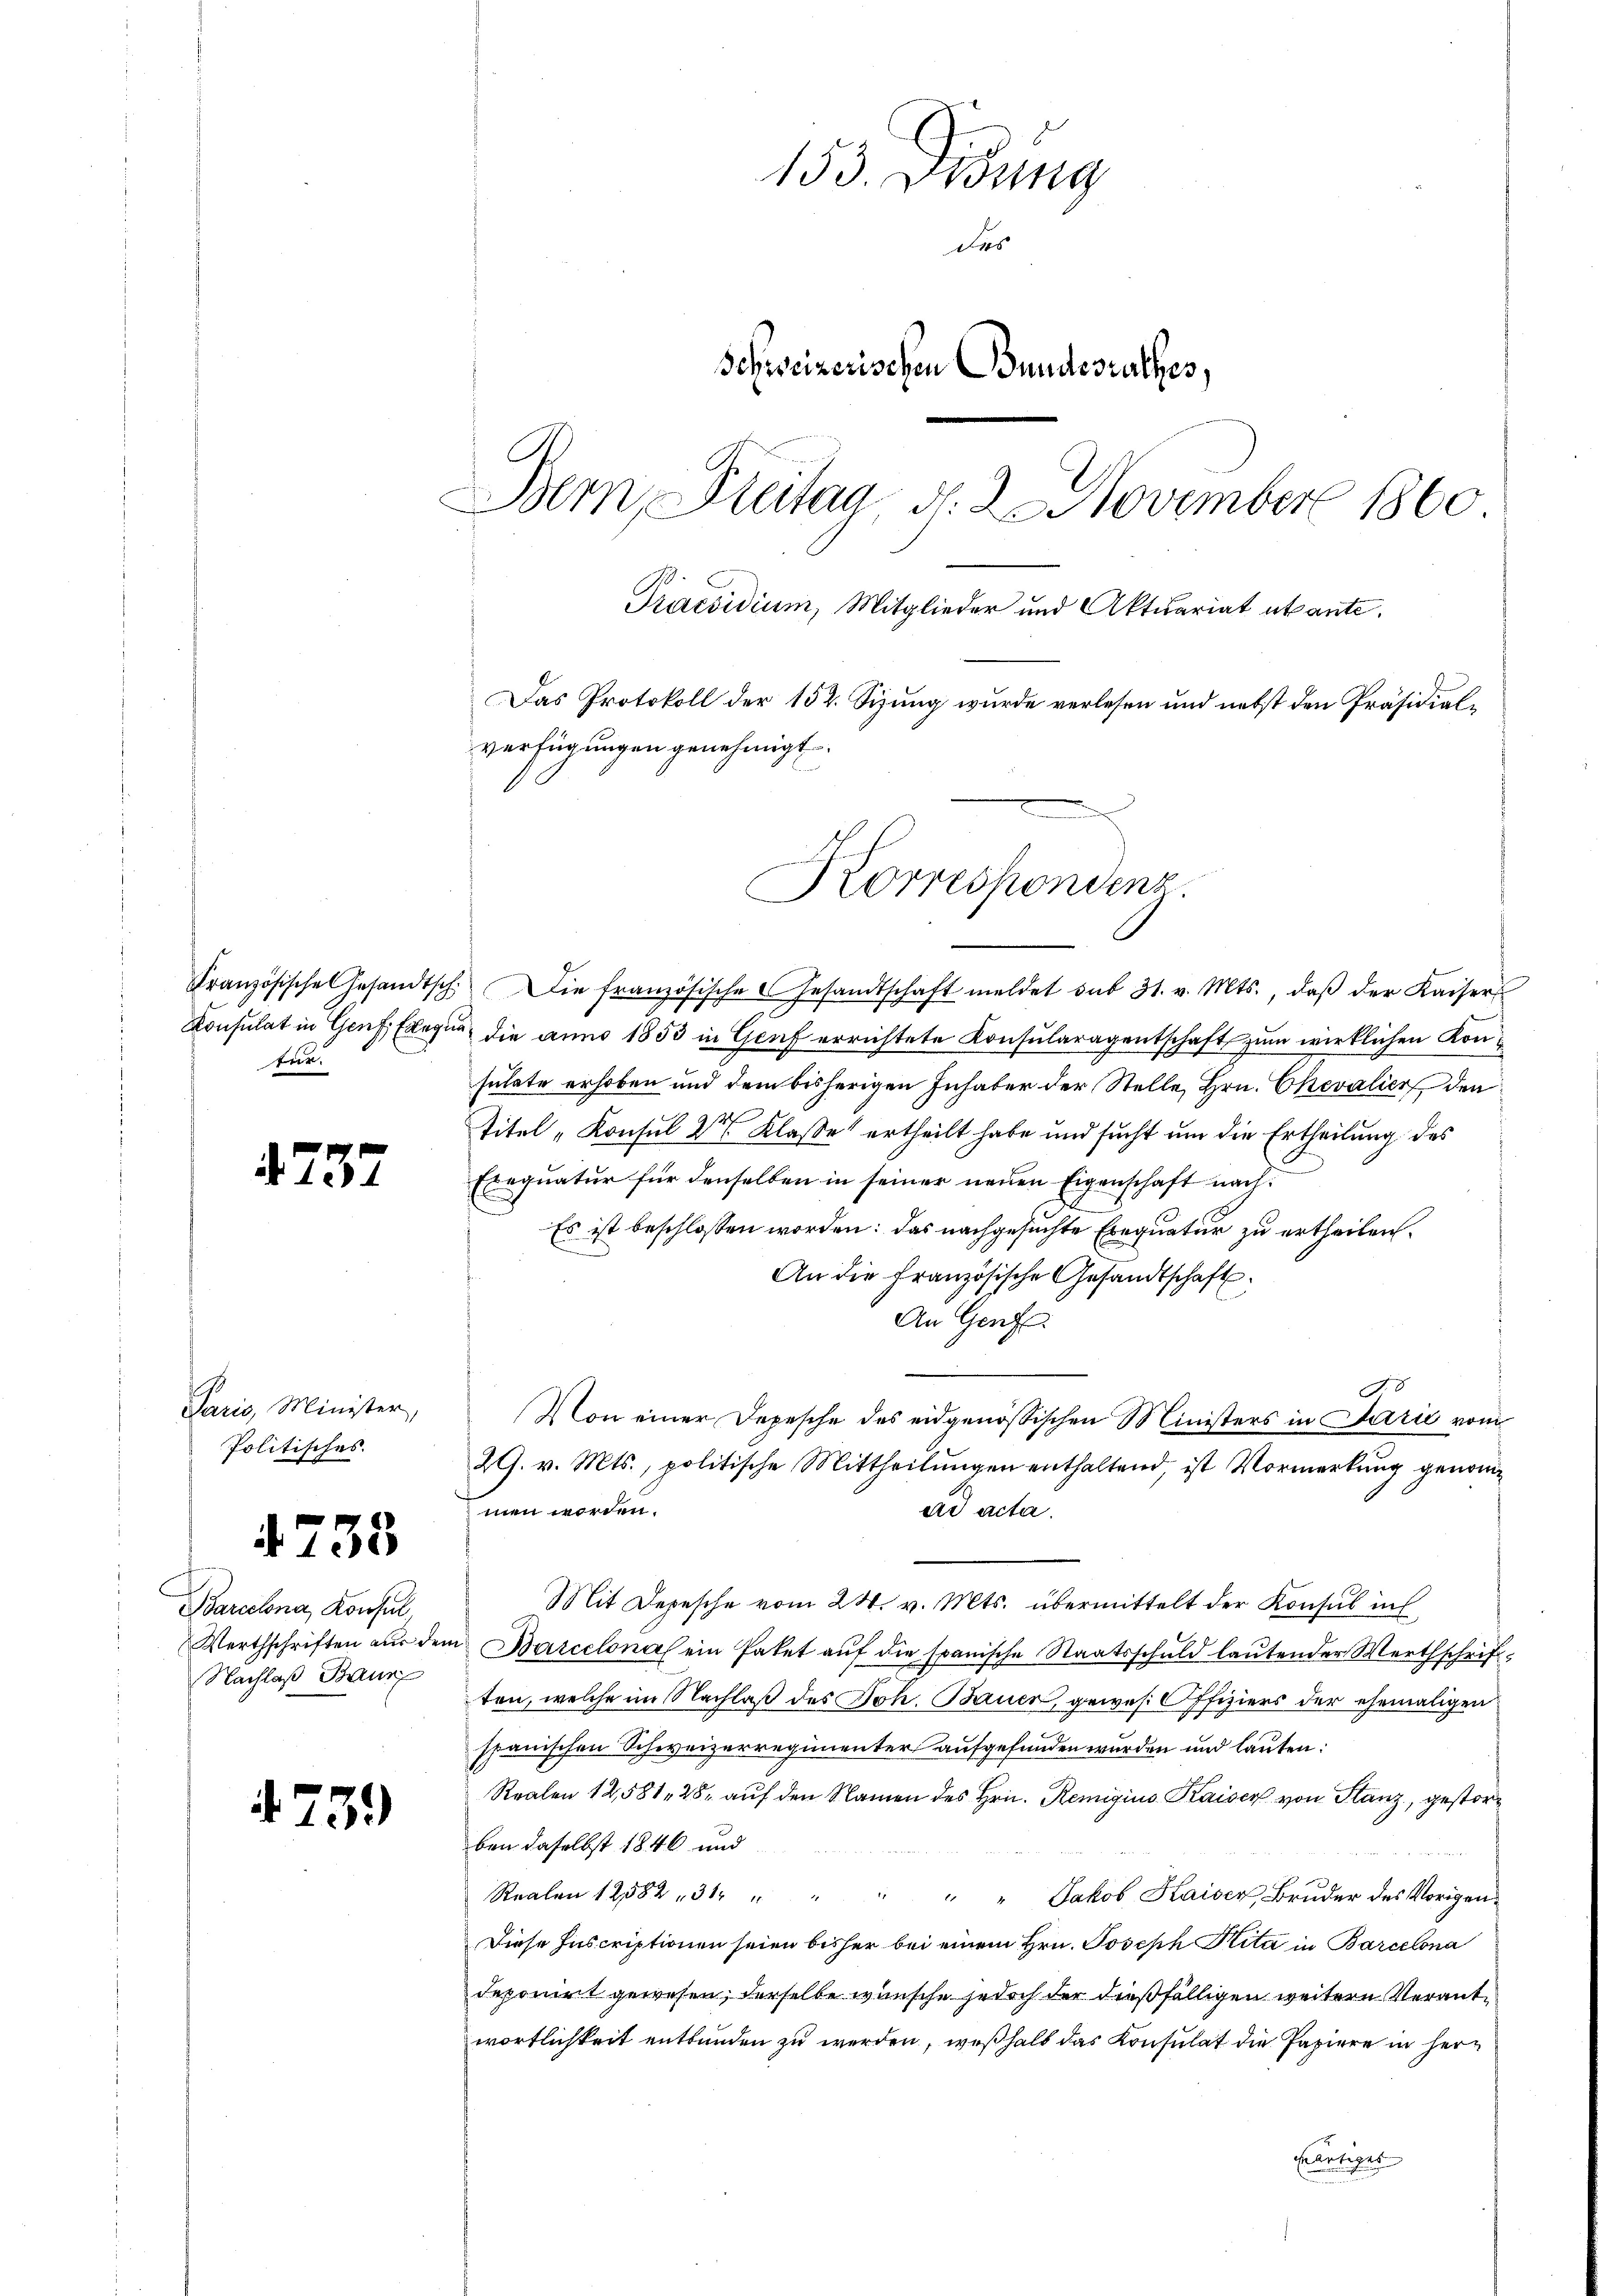
Konsulat in Genf Elegi
fer.

4737

Paris, Minister,
Politisches.

4733

Barcelona, Konsul
Werthschriften aus den
Nachlaß Baur

4739)

153. Ordung
Das
Schweizerischen Bundesrathes,
Bern, Freitag, d. 2. November 1860.
Praesidium, Mitglieder und Aktuariat abante.
Das Protokoll der 152. Sizung wurde verlesen und nebst den Präsidialverfügungen genehmigt.
Korrespondenz.

men worden.

Französische Gesandtsch. Die französische Gesandtschaft meldet sub 31. v. Mts., daβ der Kaiser
 die anno 1853 in Graf errichtete Konsularagentschaft zum wirklichen Konsulate erhoben und dem bisherigen Inhaber der Stelle, Hrn. Chevalier den
Titel „Konsul 2 Klasse ertheilt habe und sucht um die Ertheilung des
Exequatur für denselben in seiner neuen Eigenschaft nach¬
Es ist beschlossen worden: das nachgesuchte Exequatur zu ertheilen.
An die Französische Gesandtschaft
An Genf
o
Von einer Depesche des eidgenößischen Ministers in Parić vom
29. v. Mts., politische Mittheilungen enthaltend, ist Vormerkung genomm
ad acta.
Mit Depesche vom 24. v. Mts. übermittelt der Konsul in
i Barcelona ein Paket auf die spanische Staatsschuld lautender Werthschriftten, welche im Nachlaß des Joh. Bauer, gewes Offiziers der ehemaligen
spanischen Schweizerregimenter aufgefunden wurden und lauten:
Realen 12,581, 28 auf den Namen des Hrn. Remigius Kaiser von Stanz, gestorben daselbst 1846 und

Realen 12582, 31
Jakob Kaiser, Bruder des Vorigen¬
Diese Inscriptionen seien bisher bei einem Hrn. Joseph Rita in Barcelona
deponirt gewesen, derselbe wünsche jedoch der dießfälligen weitern Verantwortlichkeit entbunden zu werden, weßhalb das Konsulat die Papiere in hern
wärtiges